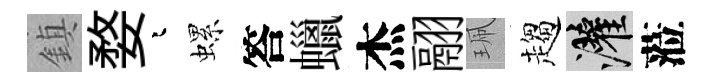
鎮婺迢螺答蠟杰翮珮趨灌蒞